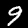
Label: 9